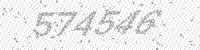
Solution: 574546